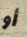
أو